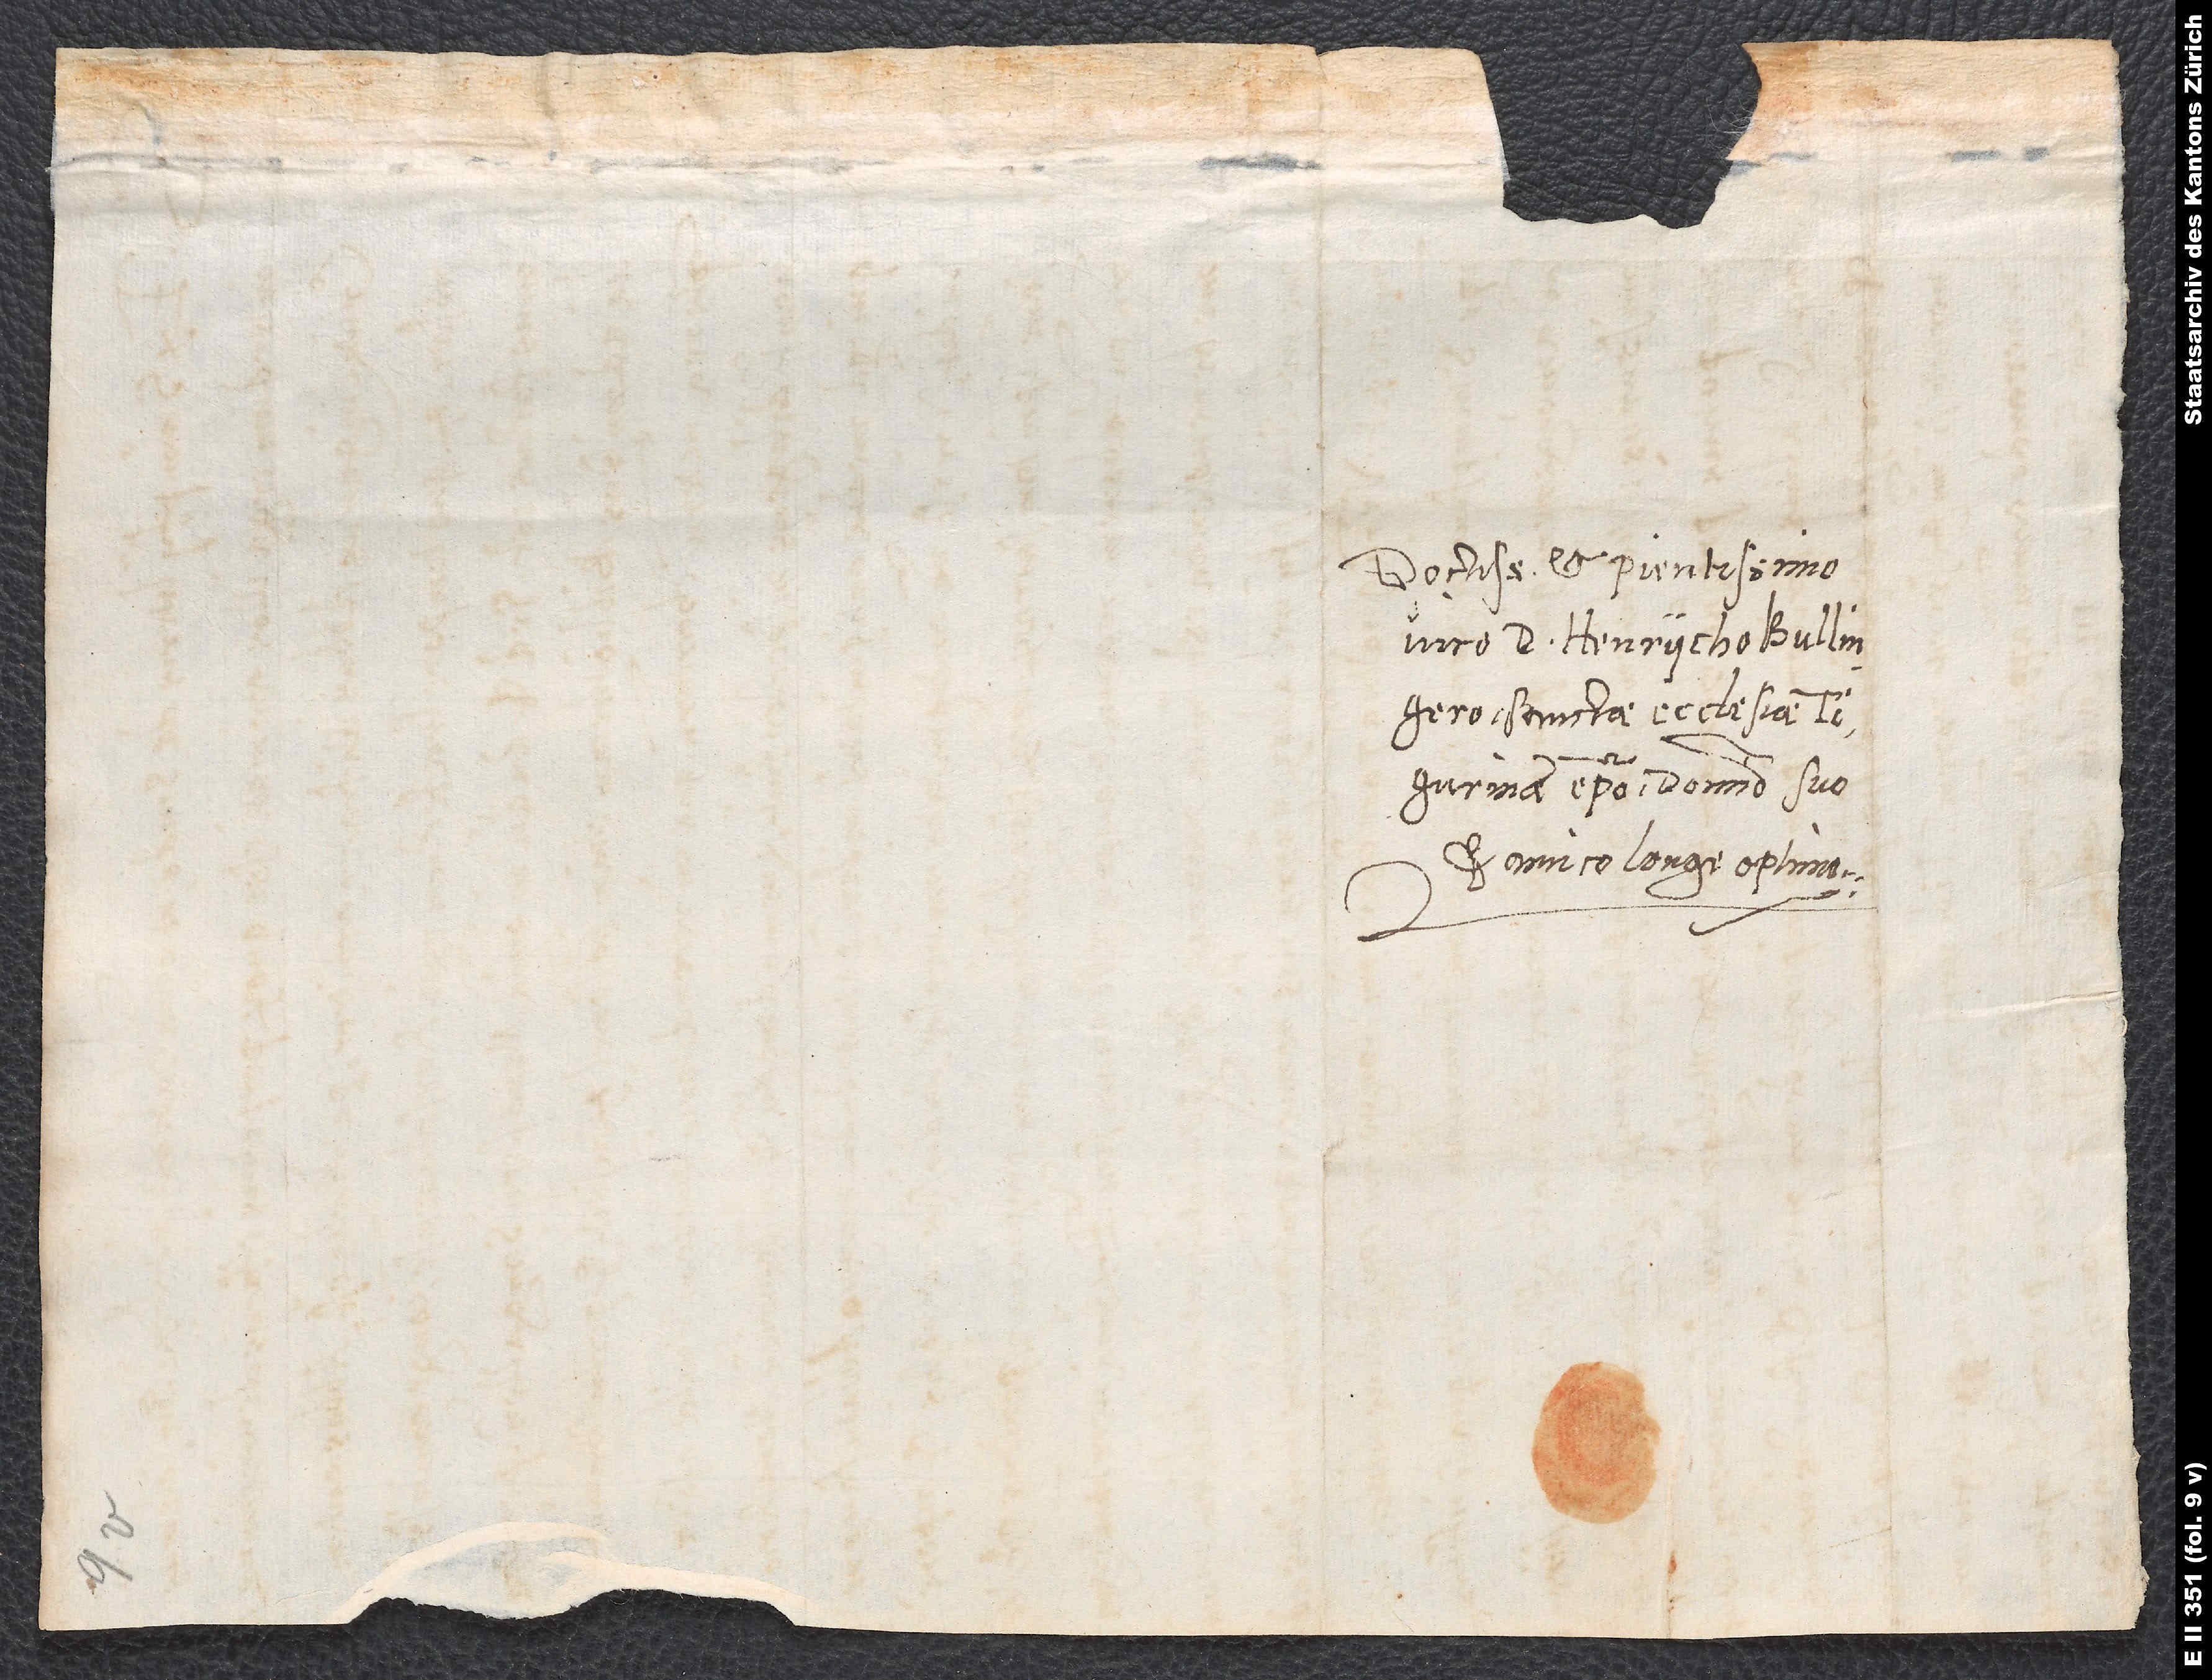
Doctissimo et pientissimo
viro d. Heinrycho Bullingero,
sanctae ecclesiae
Tigurinae episcopo, domino suo
et amico longe optimo.